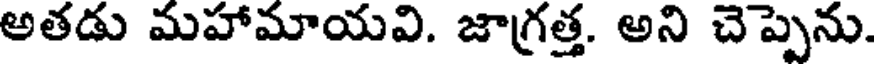
అతడు మహామాయవి. జాగ్రత్త. అని చెప్పెను.